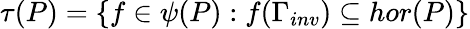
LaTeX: \tau(P)=\{ f\in\psi(P):f(\Gamma_{inv})\subseteq hor(P)\}